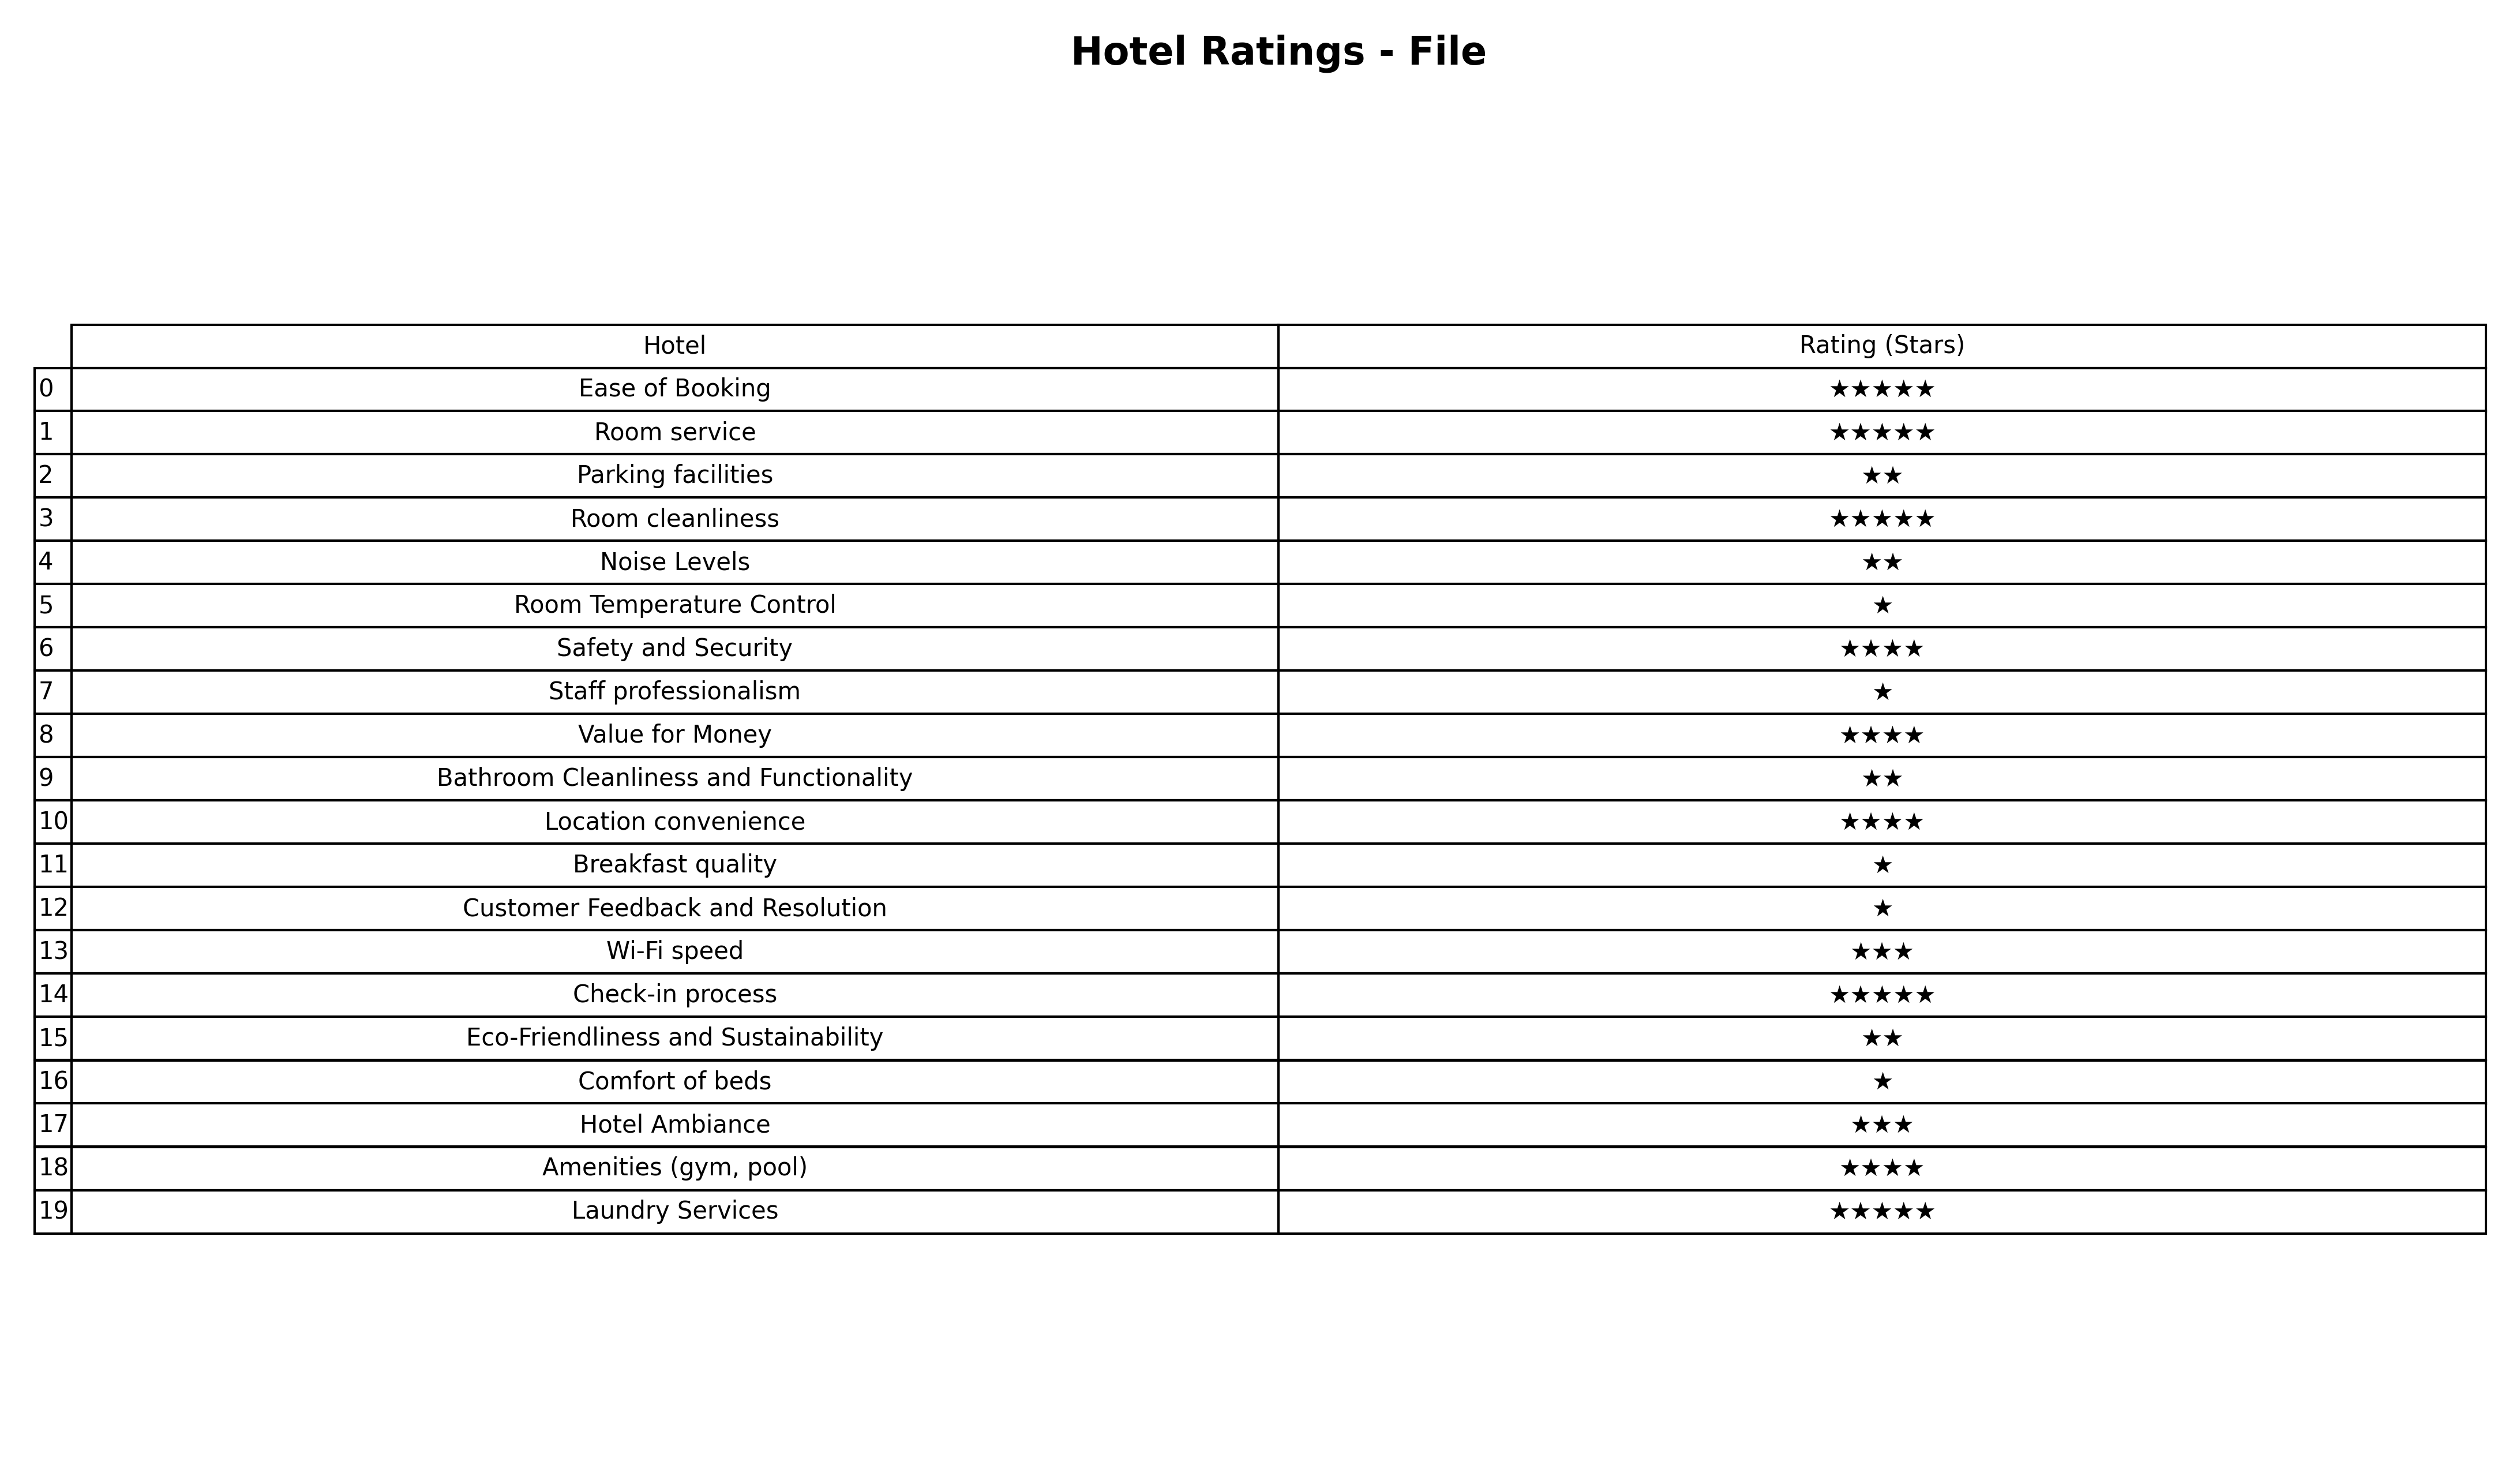
question: What is the rating of Laundry Services?
answer: ★★★★★